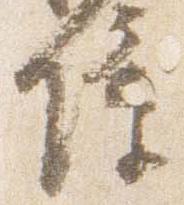
障